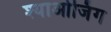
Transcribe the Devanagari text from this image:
श्याओजिंग